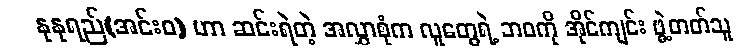
နုနုရည်(အင်းဝ) ဟာ ဆင်းရဲတဲ့ အလွှာစုံက လူတွေရဲ့ ဘဝကို အိုင်ကျင်း ဖွဲ့တတ်သူ